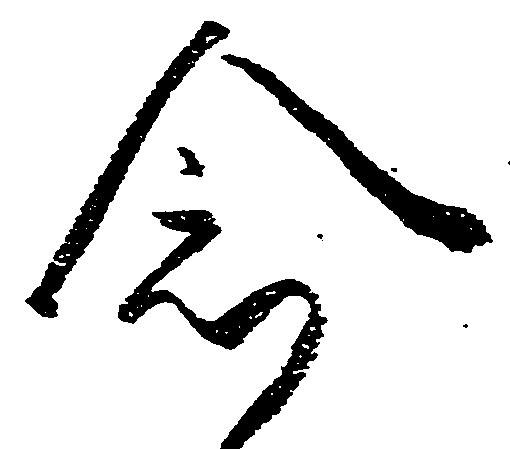
念